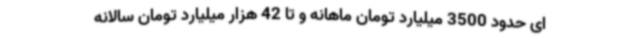
ای حدود 3500 میلیارد تومان ماهانه و تا 42 هزار میلیارد تومان سالانه